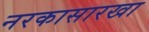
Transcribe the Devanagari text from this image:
नरकासारखा